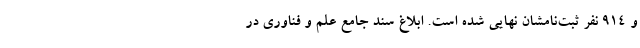
و ۹۱۴ نفر ثبت‌نامشان نهایی شده است. ابلاغ سند جامع علم و فناوری در